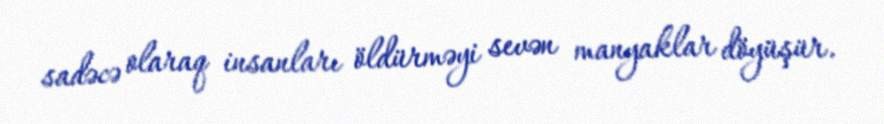
sadəcə olaraq insanları öldürməyi sevən manyaklar döyüşür.